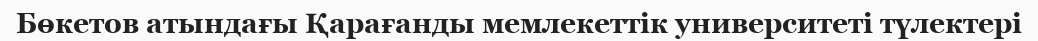
Бөкетов атындағы Қарағанды мемлекеттік университеті түлектері